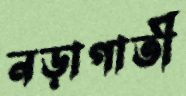
নড়াগাতী